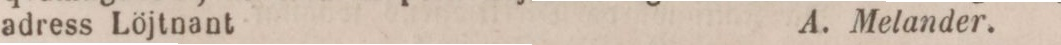
adress Löjtnant    A. Melander.